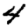
Digit: 4